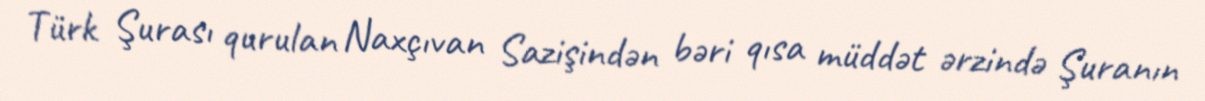
Türk Şurası qurulan Naxçıvan Sazişindən bəri qısa müddət ərzində Şuranın